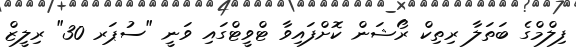
ފިލްމްގެ ބަތަލާ ރިތިކް ރޯޝަން ކޮށްފައިވާ ޓްވީޓްގައި ވަނީ "ސުޕަރ 30" ރިލީޒް